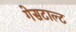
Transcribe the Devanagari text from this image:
गेसटाल्ट